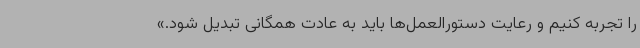
را تجربه کنیم و رعایت دستورالعمل‌ها باید به عادت همگانی تبدیل شود.»